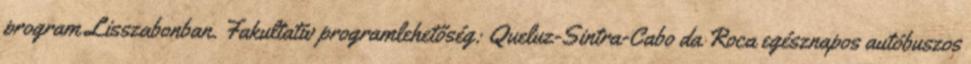
program Lisszabonban. Fakultatív programlehetőség: Queluz-Sintra-Cabo da Roca egésznapos autóbuszos